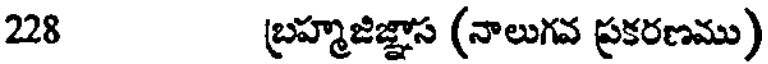
228 బ్రహ్మజిజ్ఞాస (నాలుగవ ప్రకరణము)